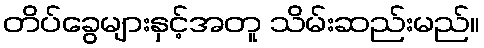
တိပ်ခွေများနှင့်အတူ သိမ်းဆည်းမည်။